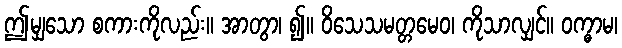
ဤမျှသော စကားကိုလည်း။ အာတွာ၊ ၍။ ဝိသေသမတ္တမေဝ၊ ကိုသာလျှင်။ ဝက္ဓာမ၊